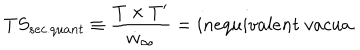
LaTeX: T S _ { s e c . q u a n t } \equiv \frac { T \times T ^ { \prime } } { \dot { w } _ { \infty } } = i n e q u i v a l e n t \; v a c u a .